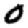
Digit: 0